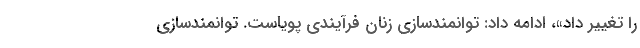
را تغییر داد»، ادامه داد: توانمندسازی زنان فرآیندی پویاست. توانمندسازی